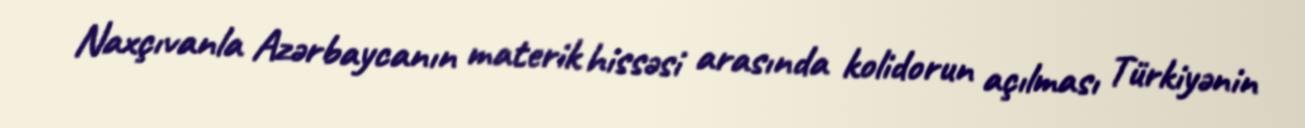
Naxçıvanla Azərbaycanın materik hissəsi arasında kolidorun açılması Türkiyənin